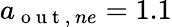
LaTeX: a_{\mathrm{~o~u~t~},\, ne}=1.1